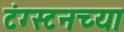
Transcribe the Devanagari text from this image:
टंग्स्टनच्या